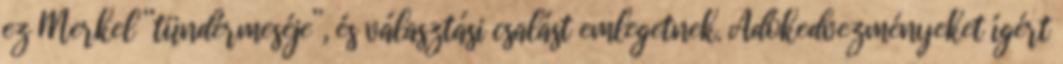
ez Merkel “tündérmeséje”, és választási csalást emlegetnek. Adókedvezményeket ígért